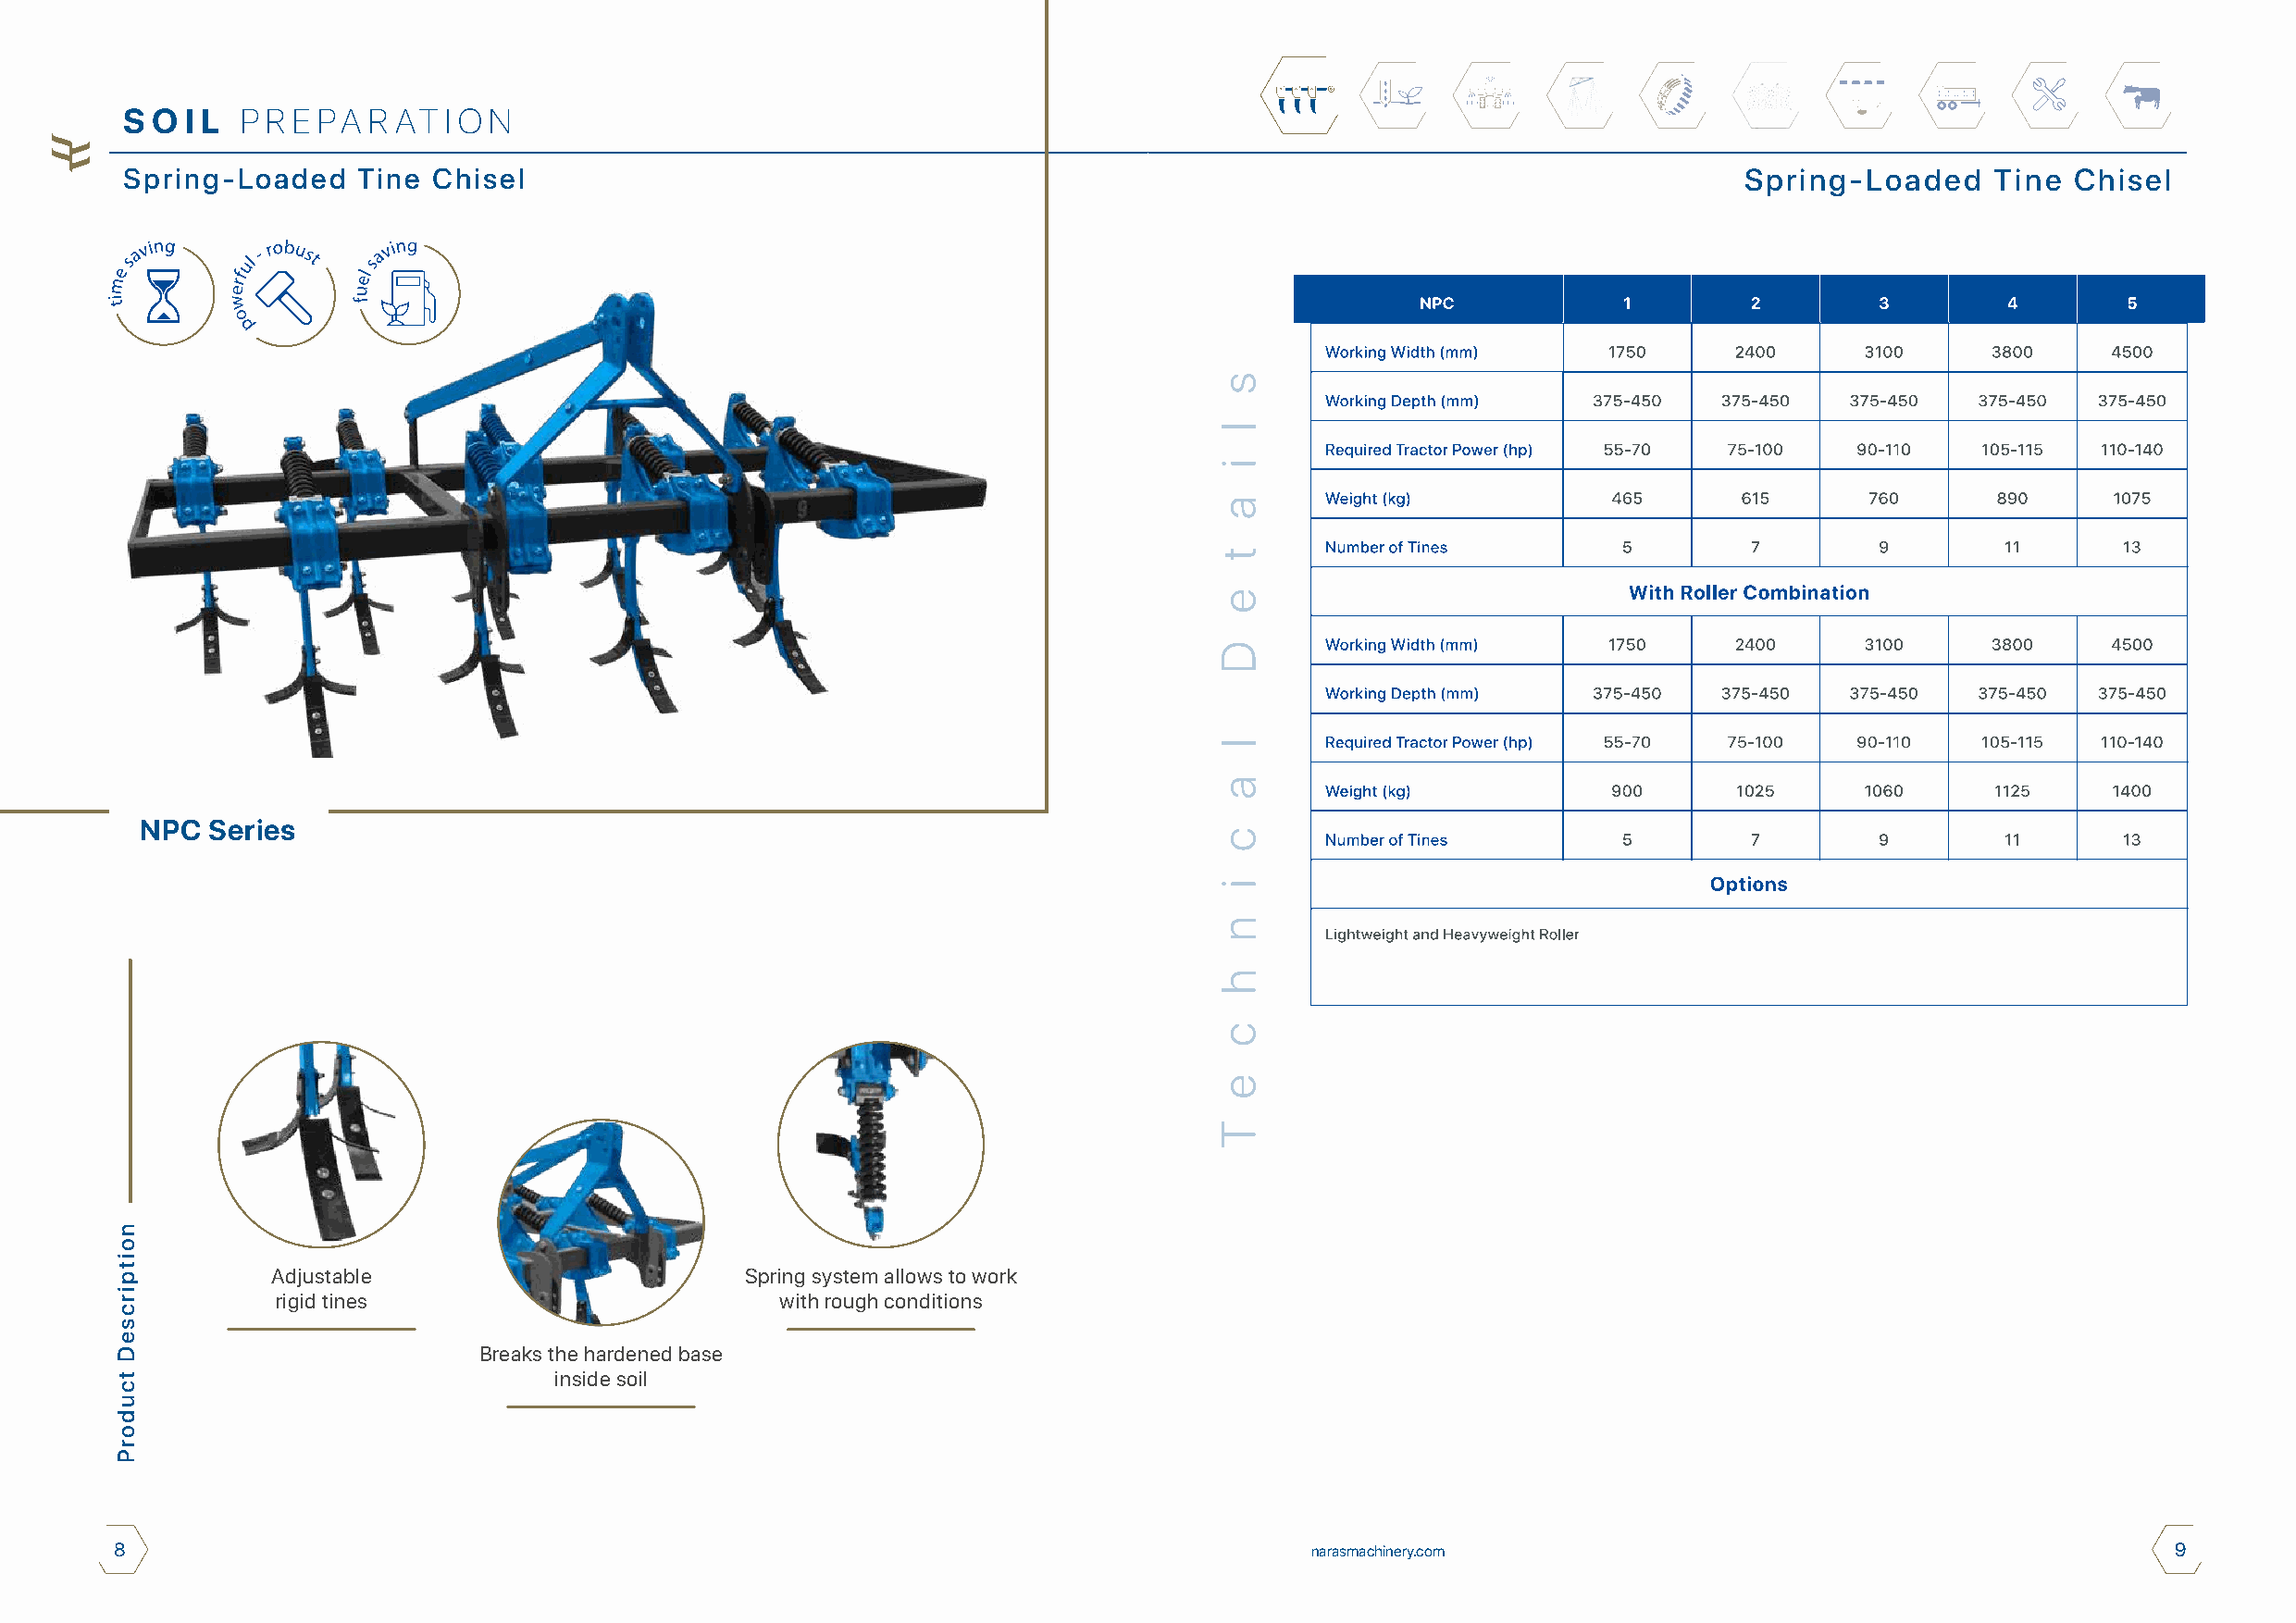
S O I L P R E PA R AT  I O N
 Spring-Loaded    Tine Chisel                                                                                        Spring-Loaded     Tine Chisel
 NPC  Series
 Adjustable                        Spring system allows to work
 rigid tines                         with rough conditions
 Breaks the hardened base
 inside soil
 8                                                                                     narasmachinery.com                                            9
 noitpircseD
 tcudorP
 s
 l
 i
 a
 t
 e
 D
 l
 a
 c
 i
 n
 h
 c
 e
 T